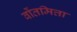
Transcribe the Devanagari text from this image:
वोंतमित्ता